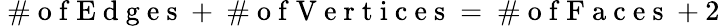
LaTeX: \mathrm{~\# ~o~f~E~d~g~e~s~}+\mathrm{~\# ~o~f~V~e~r~t~i~c~e~s~}=\mathrm{~\# ~o~f~F~a~c~e~s~}+2